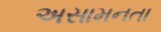
અસામનતા